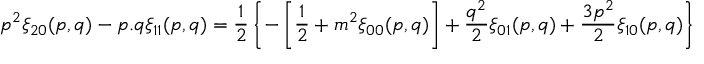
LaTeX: p ^ { 2 } \xi _ { 2 0 } ( p , q ) - p . q \xi _ { 1 1 } ( p , q ) = { \frac { 1 } { 2 } } \left\{ - \left[ { \frac { 1 } { 2 } } + m ^ { 2 } \xi _ { 0 0 } ( p , q ) \right] + { \frac { q ^ { 2 } } { 2 } } \xi _ { 0 1 } ( p , q ) + { \frac { 3 p ^ { 2 } } { 2 } } \xi _ { 1 0 } ( p , q ) \right\}